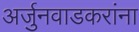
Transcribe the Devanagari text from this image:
अर्जुनवाडकरांना